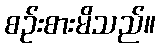
စဉ်းစားမိသည်။